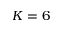
K = 6